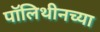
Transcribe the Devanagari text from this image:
पॉलिथीनच्या